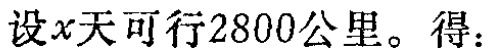
设\(x\)天可行\(2800\)公里。得：